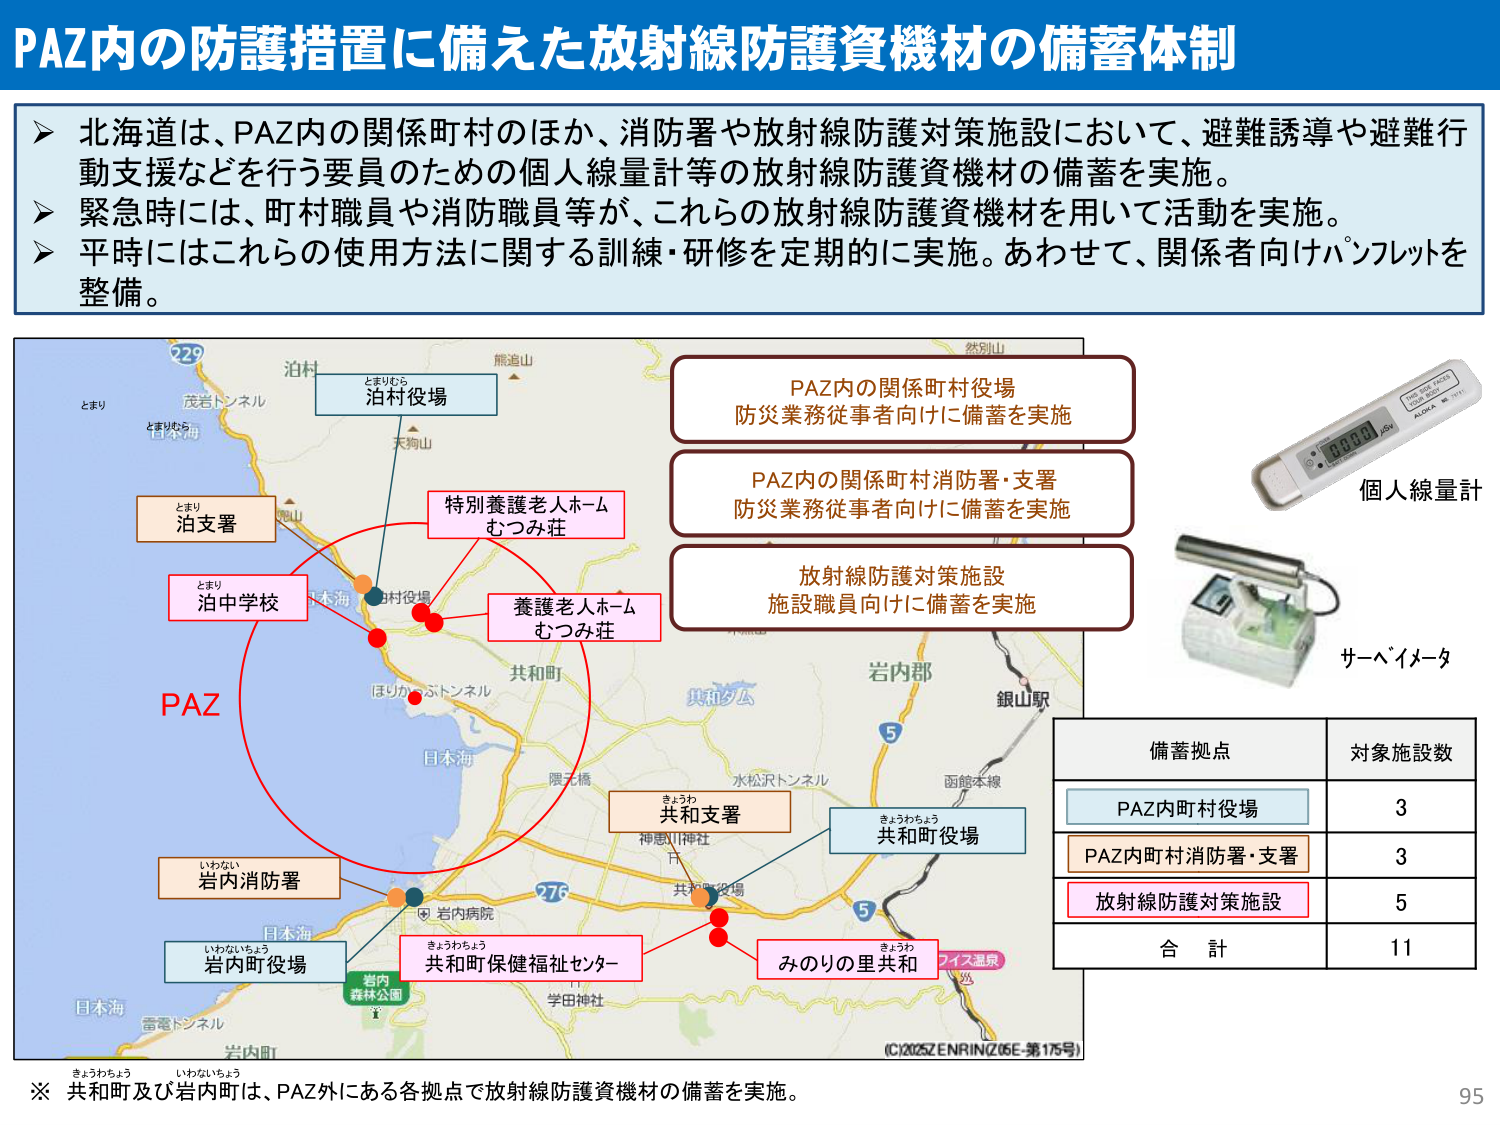
PAZ内の防護措置に備えた放射線防護資機材の備蓄体制

▶ 北海道は、PAZ内の関係町村のほか、消防署や放射線防護対策施設において、避難誘導や避難行動支援などを行う要員のための個人線量計等の放射線防護資機材の備蓄を実施。
▶ 緊急時には、町村職員や消防職員等が、これらの放射線防護資機材を用いて活動を実施。
▶ 平時にはこれらの使用方法に関する訓練・研修を定期的に実施。あわせて、関係者向けパンフレットを整備。

PAZ内の関係町村役場
防災業務従事者向けに備蓄を実施

PAZ内の関係町村消防署・支署
防災業務従事者向けに備蓄を実施

放射線防護対策施設
施設職員向けに備蓄を実施

個人線量計

サーベイメータ

備蓄拠点 対象施設数
PAZ内町村役場 3
PAZ内町村消防署・支署 3
放射線防護対策施設 5
合計 11

※ 共和町及び岩内町は、PAZ外にある各拠点で放射線防護資機材の備蓄を実施。

229
泊村
とまり
とまりむら
茂岩トンネル
日本海
天狗山
熊追山
然別山
泊村役場
とまりむら
泊支署
とまり
泊中学校
特別養護老人ホーム
むつみ荘
養護老人ホーム
むつみ荘
PAZ
日本海
ほりかわトンネル
共和町
共々タム
岩内部
銀山駅
水松沢トンネル
函館本線
きょうわ
共和支署
神恵川神社
きょうわちょう
共和町役場
岩内病院
276
日本海
いわない
岩内消防署
いわないちょう
岩内町役場
きょうわちょう
共和町保健福祉センター
みのりの里共和
きょうわ
アイス温泉
学田神社
岩内
森林公園
雷電トンネル
岩内町
(C)2025Z ENRINZ (06-第176号)

95